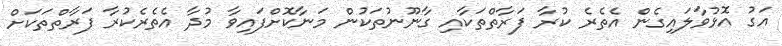
އަގު އޮޅުވާލައިގެން އެތެރެ ކުރާ ފަރާތްތަކާއި ގާނޫނުތަކުން މަނާކޮށްފައިވާ މުދާ އެތެރެކުރާ ފަރާތްތަކަށް